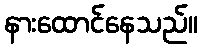
နားထောင်နေသည်။